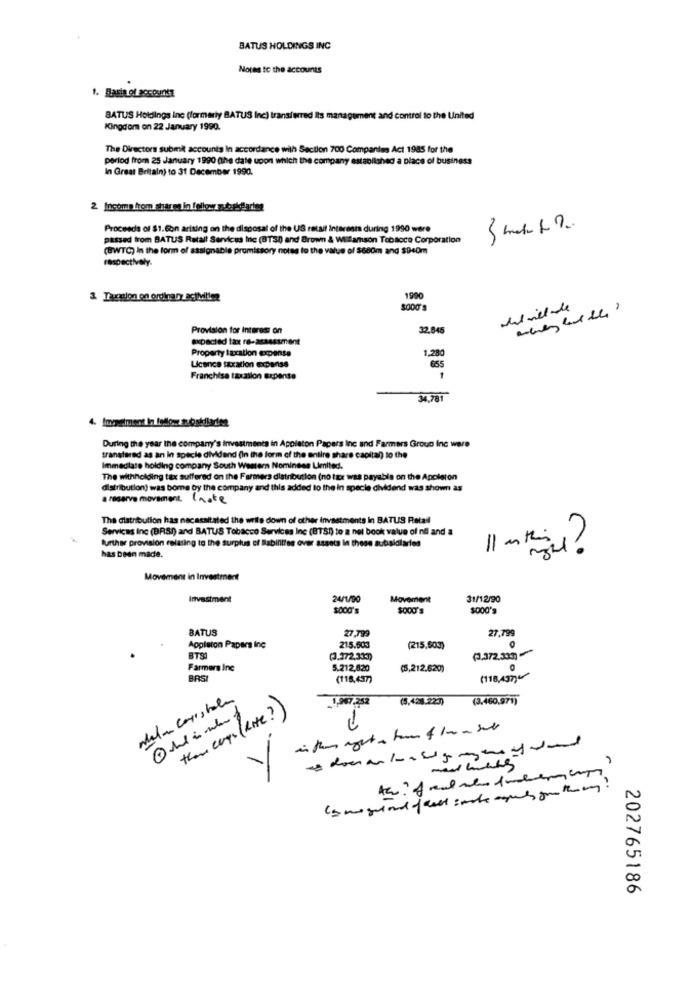
BATUS HOLDINGS INC
Notes to the accounts
1. Basis of account
BATUS Holdings inc (formerly BATUS Inc) transferred Its management and control to the United
Kingdom on 22 January 1990.
The Directors submit accounts In accordance with Section 700 Companies Act 1985 for the
period from 25 January 1990 (the date upon which the company established a place of business
In Great Britain) to 31 December 1990.
2 Income from share in fellow zubeekaring
Proceeds of $1.6on arising on the disposal of the US retail interests during 1990 were
passed from BATUS Ratall Services Inc (BTS0) and Brown & Williamson Tobiloce Corporation
(UWTO) In the form of assignable promissory notes to the value of $680m and $940m
respectively.
3. Targion on orhan aciMillee
1900
Provision for Interess on
32.845
expected tax re-assessment
1,280
Property taxation expense
655
Licence taxation expense
Franchise taxation expense
1
34.781
During the year the company's Investments in Appleton Papers Inc and Farmers Group Inc were
transfered as an in specie dividend (In the form of the entire share capital) to the
Immediate holding company South Western Nominees Limited.
The withholding tax suffered on the Farmers distribution (no tur was payable on the Appleton
distribution) was bome by the company and this added to the in specie dividend was shown as
a reserve movement. lavate
The distribution has nacasaitated the weil's down of other investments in BATUS Retail
Services Inc (BRSD) and BATUS Tobacco Services Inc (BTS!) to z nel book value of nil and a
further provision relating to the surplus of Rabilities over assets In these subsidiaries
11 - tegel?
has been made.
Movement in Investment
Investment
24/1/90
Movement
31/12/90
$000's
$000'S
$000's
BATUS
27.799
27,799
Appleton Papers Inc
215.503
(215,503)
(3,372.330)
BTS1
(3.372.333)
Farmers Inc
5.212,820
(5,212.620)
BRS
(118.437)
(118,437)
1,967.252
(5,424.223)
(3.460.971)
then cups (Lite?)
202765186